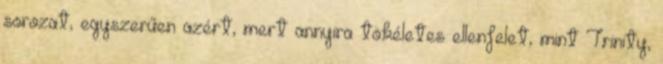
sorozat, egyszerűen azért, mert annyira tökéletes ellenfelet, mint Trinity,